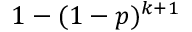
1 - ( 1 - p ) ^ { k + 1 }